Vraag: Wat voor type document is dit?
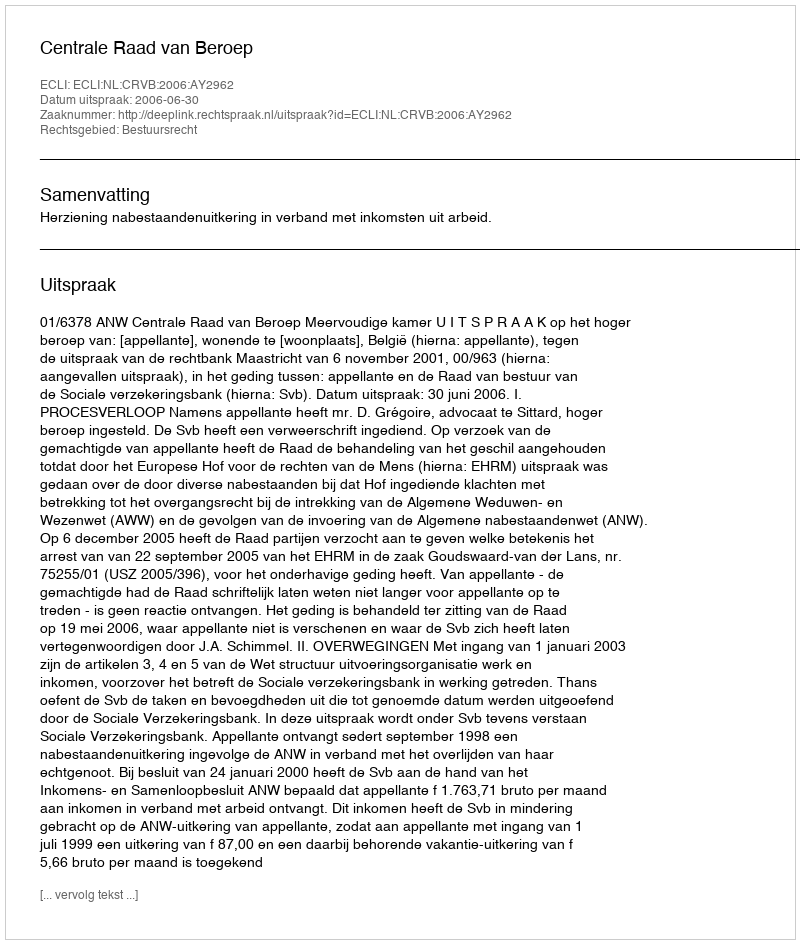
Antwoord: Uitspraak